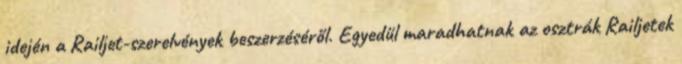
idején a Railjet-szerelvények beszerzéséről. Egyedül maradhatnak az osztrák Railjetek